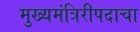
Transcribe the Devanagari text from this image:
मुख्यमंत्रिरीपदाचा